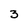
Character: 3